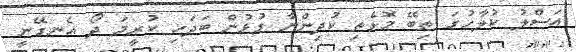
އަސްލު ކުލާހުގަ ތިބޭ މޮޅެތި ކުދިންނާ ގުޅުން ބަދަހި ކުރީމަ ދޯ އެނގޭނީ